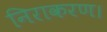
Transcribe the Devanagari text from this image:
निराकरण।